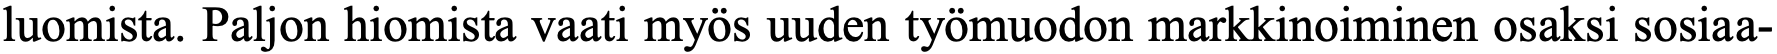
luomista. Paljon hiomista vaati myös uuden työmuodon markkinoiminen osaksi sosiaa-